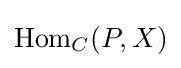
\operatorname {Hom} _{C}(P,X)